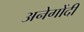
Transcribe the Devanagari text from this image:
अनेगोंदी